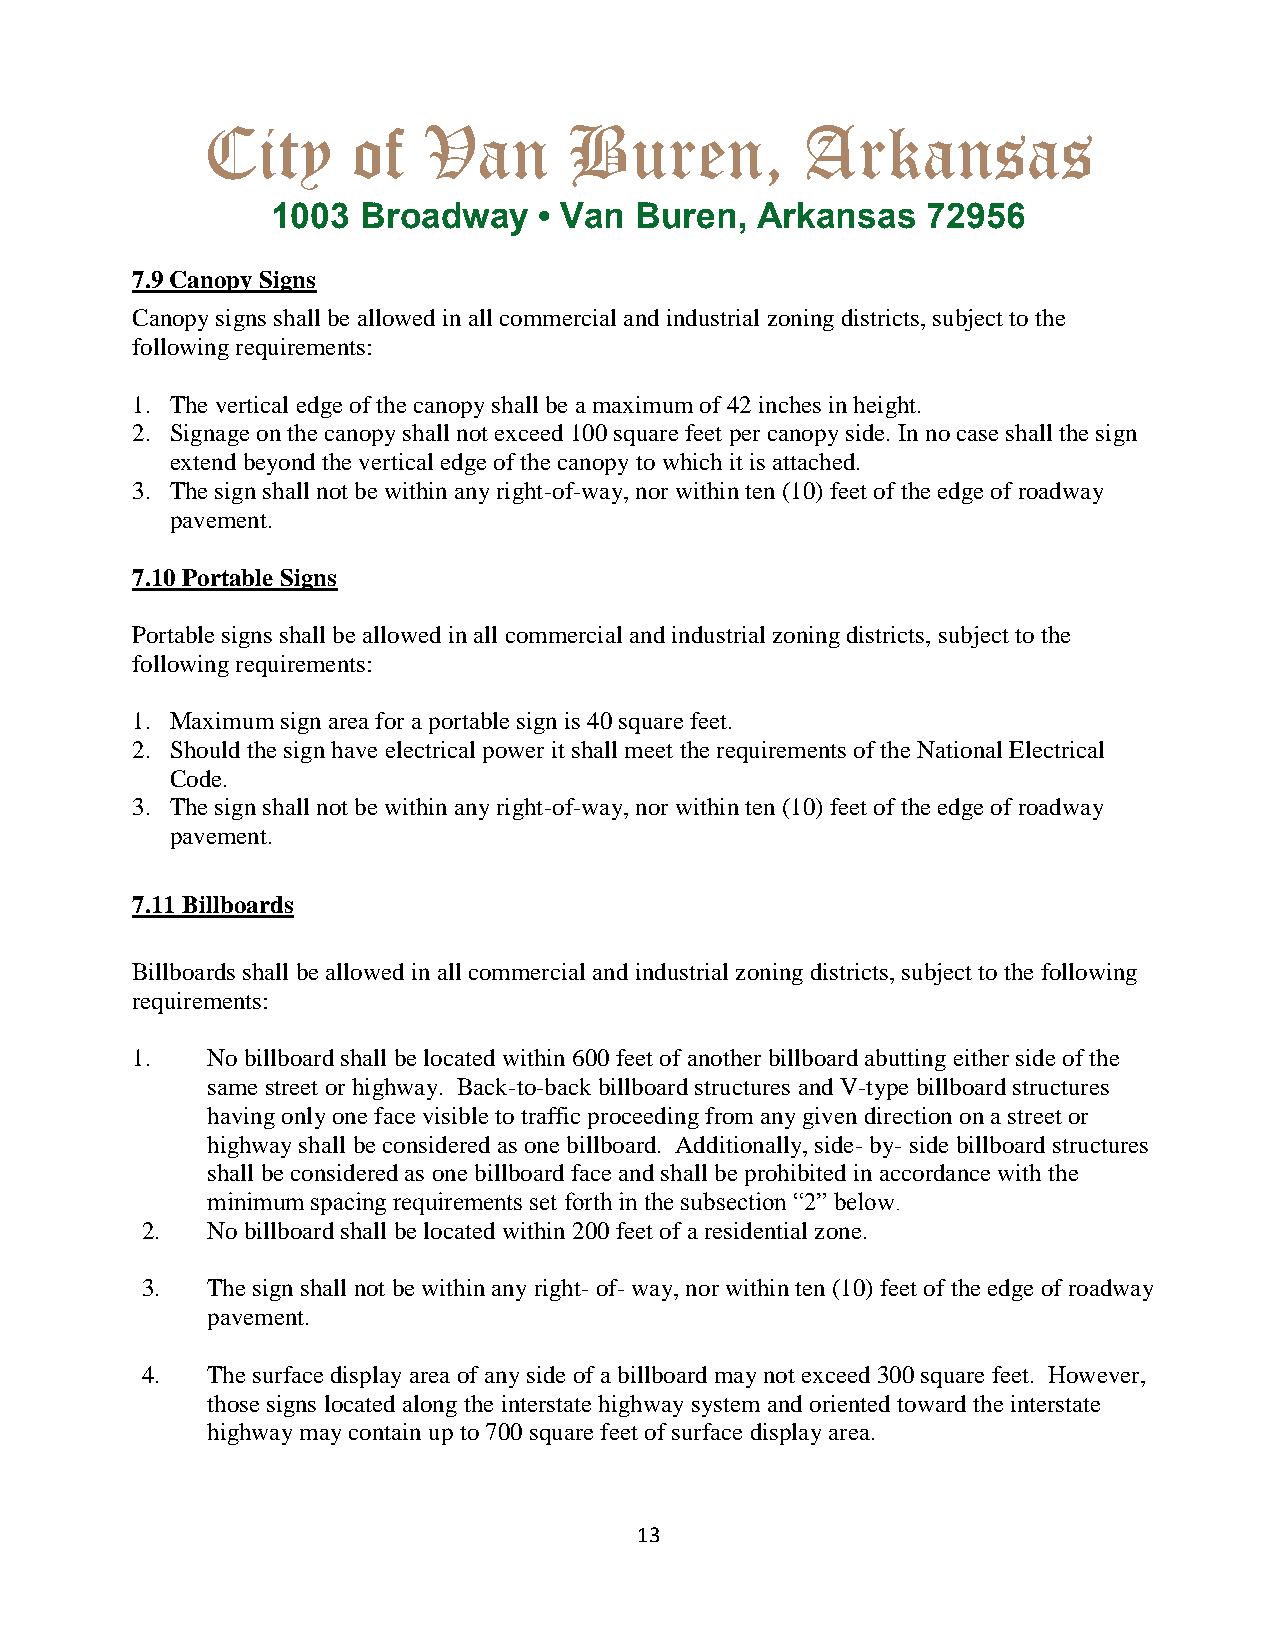
City      of   Van       Buren,         Arkansas
 1003  Broadway    • Van Buren,  Arkansas   72956
 7.9 Canopy Signs
 Canopy signs shall be allowed in all commercial and industrial zoning districts, subject to the
 following requirements:
 1. The vertical edge of the canopy shall be a maximum of 42 inches in height.
 2. Signage on the canopy shall not exceed 100 square feet per canopy side. In no case shall the sign
 extend beyond the vertical edge of the canopy to which it is attached.
 3. The sign shall not be within any right-of-way, nor within ten (10) feet of the edge of roadway
 pavement.
 7.10 Portable Signs
 Portable signs shall be allowed in all commercial and industrial zoning districts, subject to the
 following requirements:
 1. Maximum sign area for a portable sign is 40 square feet.
 2. Should the sign have electrical power it shall meet the requirements of the National Electrical
 Code.
 3. The sign shall not be within any right-of-way, nor within ten (10) feet of the edge of roadway
 pavement.
 7.11 Billboards
 Billboards shall be allowed in all commercial and industrial zoning districts, subject to the following
 requirements:
 1.   No billboard shall be located within 600 feet of another billboard abutting either side of the
 same street or highway. Back-to-back billboard structures and V-type billboard structures
 having only one face visible to traffic proceeding from any given direction on a street or
 highway shall be considered as one billboard. Additionally, side- by- side billboard structures
 shall be considered as one billboard face and shall be prohibited in accordance with the
 minimum spacing requirements set forth in the subsection “2” below.
 2.   No billboard shall be located within 200 feet of a residential zone.
 3.   The sign shall not be within any right- of- way, nor within ten (10) feet of the edge of roadway
 pavement.
 4.   The surface display area of any side of a billboard may not exceed 300 square feet. However,
 those signs located along the interstate highway system and oriented toward the interstate
 highway may contain up to 700 square feet of surface display area.
 13